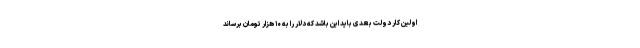
اولین کار دولت بعدی باید این باشد که دلار را به ۱۰ هزار تومان برساند